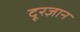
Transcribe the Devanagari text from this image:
दूरज्ञान